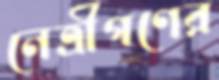
নেত্রীগণের